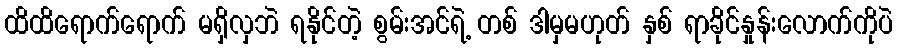
ထိထိရောက်ရောက် မရှိလှဘဲ ရနိုင်တဲ့ စွမ်းအင်ရဲ့ တစ် ဒါမှမဟုတ် နှစ် ရာခိုင်နှုန်းလောက်ကိုပဲ